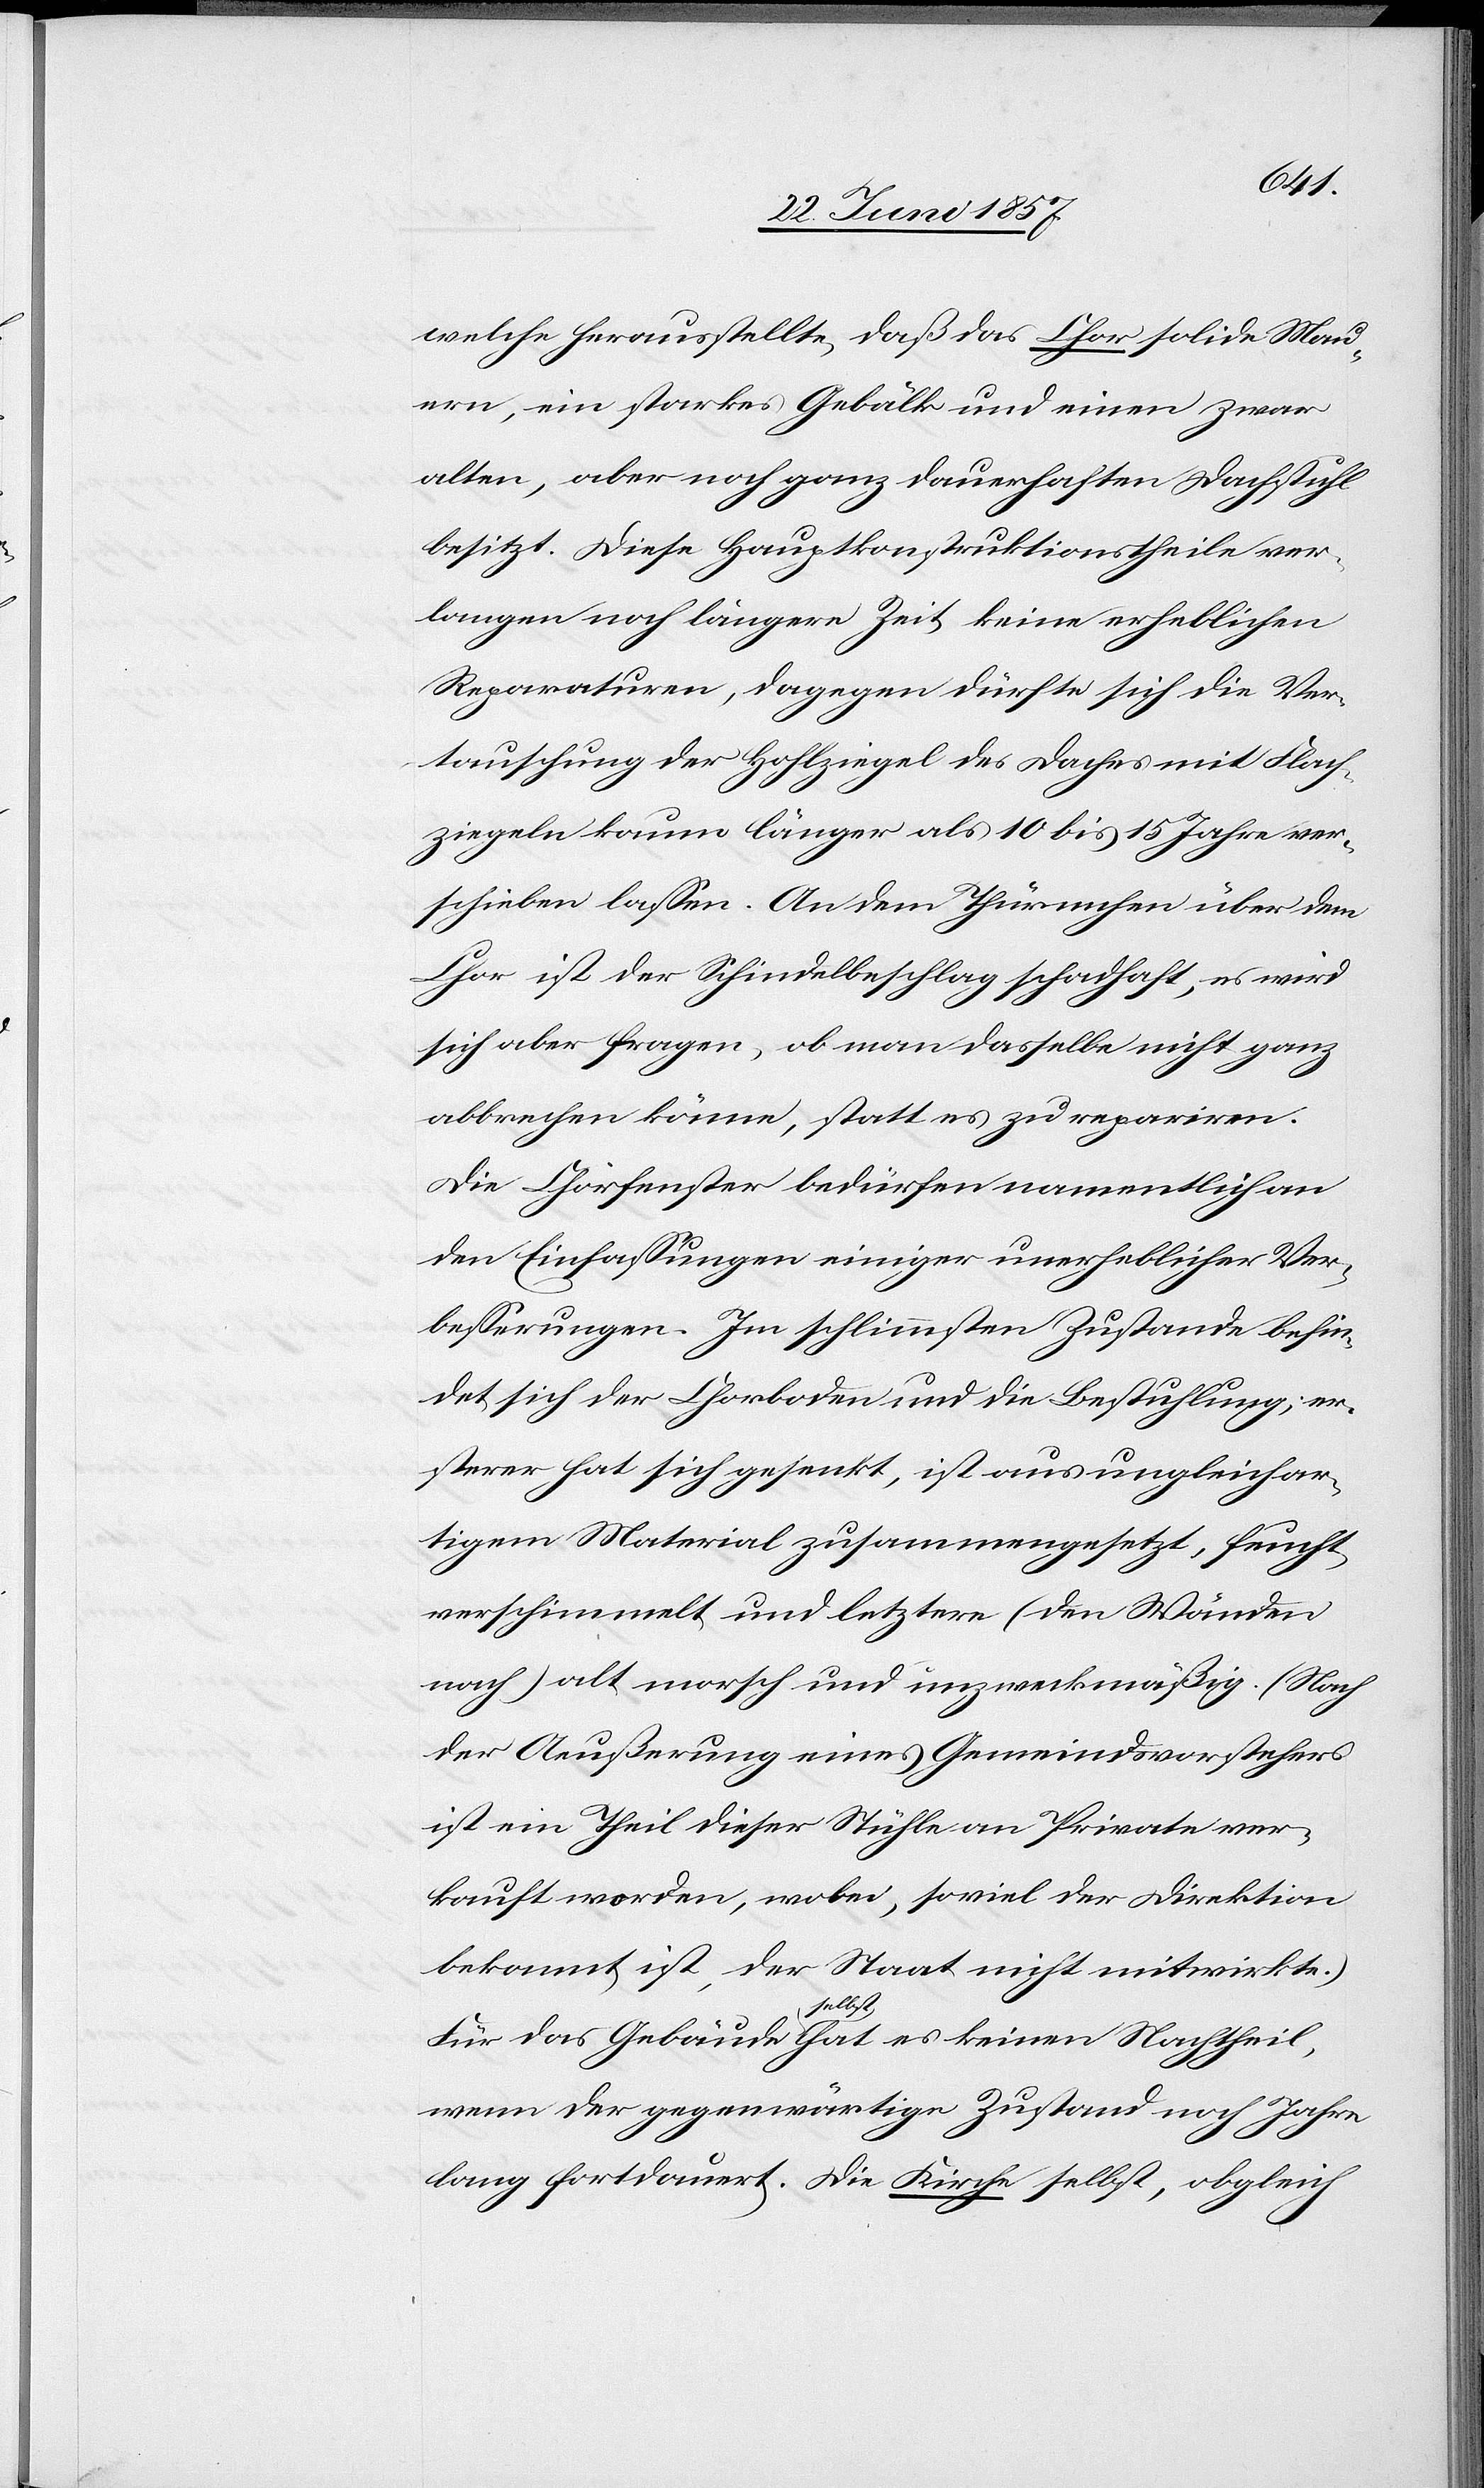
welche herausstellte, daß das Chor solide Mau¬
ern, ein starkes Gebälk und einen zwar
alten, aber noch ganz dauerhaften Dachstuhl
besitzt. Diese Hauptkonstruktionstheile ver¬
langen noch längere Zeit keine erheblichen
Reparaturen, dagegen dürfte sich die Ver¬
tauschung der Hohlziegel des Daches mit Flach¬
ziegeln kaum länger als 10 bis 15 Jahre ver¬
schieben lassen. An dem Thürmchen über dem
Chor ist der Schindelbeschlag schadhaft, es wird
sich aber fragen, ob man dasselbe nicht ganz
abbrechen könne, statt es zu repariren.
Die Chorfenster bedürfen namentlich an
den Einfassungen einiger unerheblicher Ver¬
besserungen. Im schlimmsten Zustande befin¬
det sich der Chorboden und die Beleuchtung; er¬
sterer hat sich gesenkt, ist aus ungleichar¬
tigem Material zusammengesetzt, feucht
verschimmelt und letztere (den Wänden
nach) alt morsch und unzweckmäßig. (Nach
der Aeußerung eines Gemeindevorstehers
ist ein Theil dieser Stühle an Private ver¬
kauft worden, wobei, soviel der Direktion
bekannt ist, der Staat nicht mitwirkte.)
Für das Gebäude selbst hat es keinen Nachtheil,
wenn der gegenwärtige Zustand noch Jahre
lang fortdauert. Die Kirche selbst, obgleich